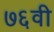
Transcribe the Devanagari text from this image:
७६वी